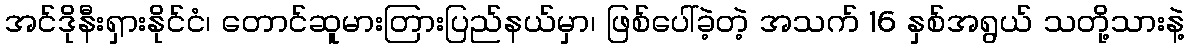
အင်ဒိုနီးရှားနိုင်ငံ၊ တောင်ဆူမားတြားပြည်နယ်မှာ၊ ဖြစ်ပေါ်ခဲ့တဲ့ အသက် 16 နှစ်အရွယ် သတို့သားနဲ့